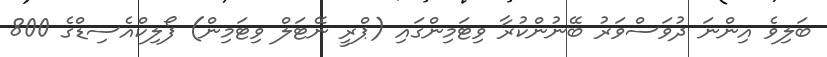
ބަލިވެ އިންނަ ދުވަސްވަރު ބޭނުންކުރާ ވިޓަމިންގައި (ޕްރީ ނޭޓަލް ވިޓަމިން) ފޯލިކްއެސިޑްގެ 800